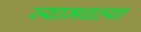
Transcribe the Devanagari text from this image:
ज्यामधल्या